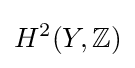
H^{2}(Y,\mathbb {Z} )